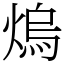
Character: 熓